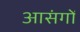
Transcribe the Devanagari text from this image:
आसंगों